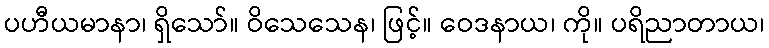
ပဟီယမာနာ၊ ရှိသော်။ ဝိသေသေန၊ ဖြင့်။ ဝေဒနာယ၊ ကို။ ပရိညာတာယ၊